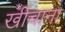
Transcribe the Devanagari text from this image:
खींचाना